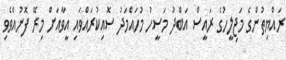
ރައްޔިތުންގެ މަޖިލީހުގެ ރައީސް އަބްދު މަސީހު މުހައްމަދު ސޮއިކުރައްވައި އީވާއަށް މިރޭ ފޮނުއްވެވި